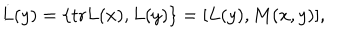
\dot { L } ( y ) = \{ \mathrm { t r } L ( x ) , L ( y ) \} = [ L ( y ) , M ( x , y ) ] ,